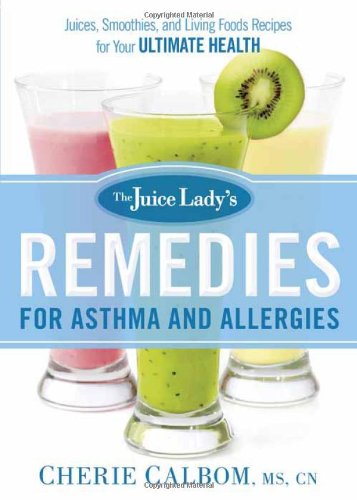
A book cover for The Juice Lady's Remedies for Asthma and Allergies: Delicious Smoothies and Raw-Food Recipes for Your Ultimate Health; Cherie Calbom; Medical Books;